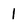
Character: 1